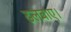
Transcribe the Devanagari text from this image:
ढलवाए।